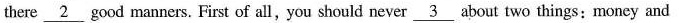
there \underline{2} good manners. First of all,you should never \underline{3} about two things: money and